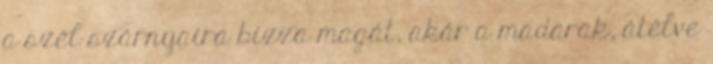
a szél szárnyaira bízza magát, akár a madarak, átélve